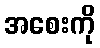
အစေးကို